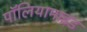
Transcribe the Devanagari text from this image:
पॉलियामाइड